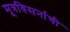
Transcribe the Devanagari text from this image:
मूत्रविसर्नाची